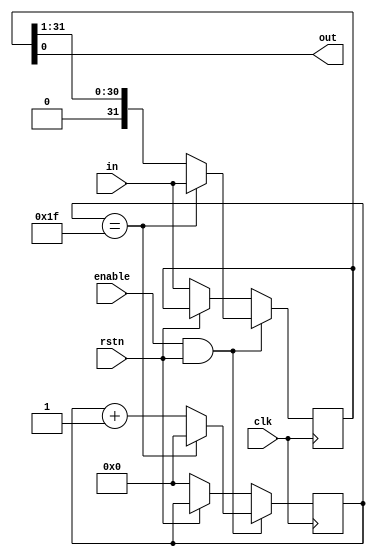
`timescale 1ns / 1ps
module piso_shift_register #(
    parameter WIDTH = 32
)(
    input [WIDTH - 1:0] in,
    output out,

    input clk,
    input rstn,
    input enable
);

    reg [WIDTH - 1:0] register;
    reg [$clog2(WIDTH):0] counter;

    initial register = 0;
    initial counter = 0;

    assign out = register[0];

    always @ (posedge(clk)) begin
        if(!rstn) begin
            register <= in;
            counter <= 0;
        end

        if(enable && rstn) begin
            if(counter == WIDTH - 1) begin
                register <= in;
                counter <= 0;
            end else begin
                register <= register >> 1;
                counter <= counter + 1;
            end
        end
    end

endmodule